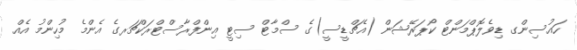
ހައުސިންގ ޑިވެލޮޕްމަންޓް ކޯޕަރޭޝަން (އެޗްޑީސީ)ގެ ސްމާޓް ސިޓީ އިންފްރާސްޓްރަކްޗަރގެ އެންމެ މުހިންމު އެއް